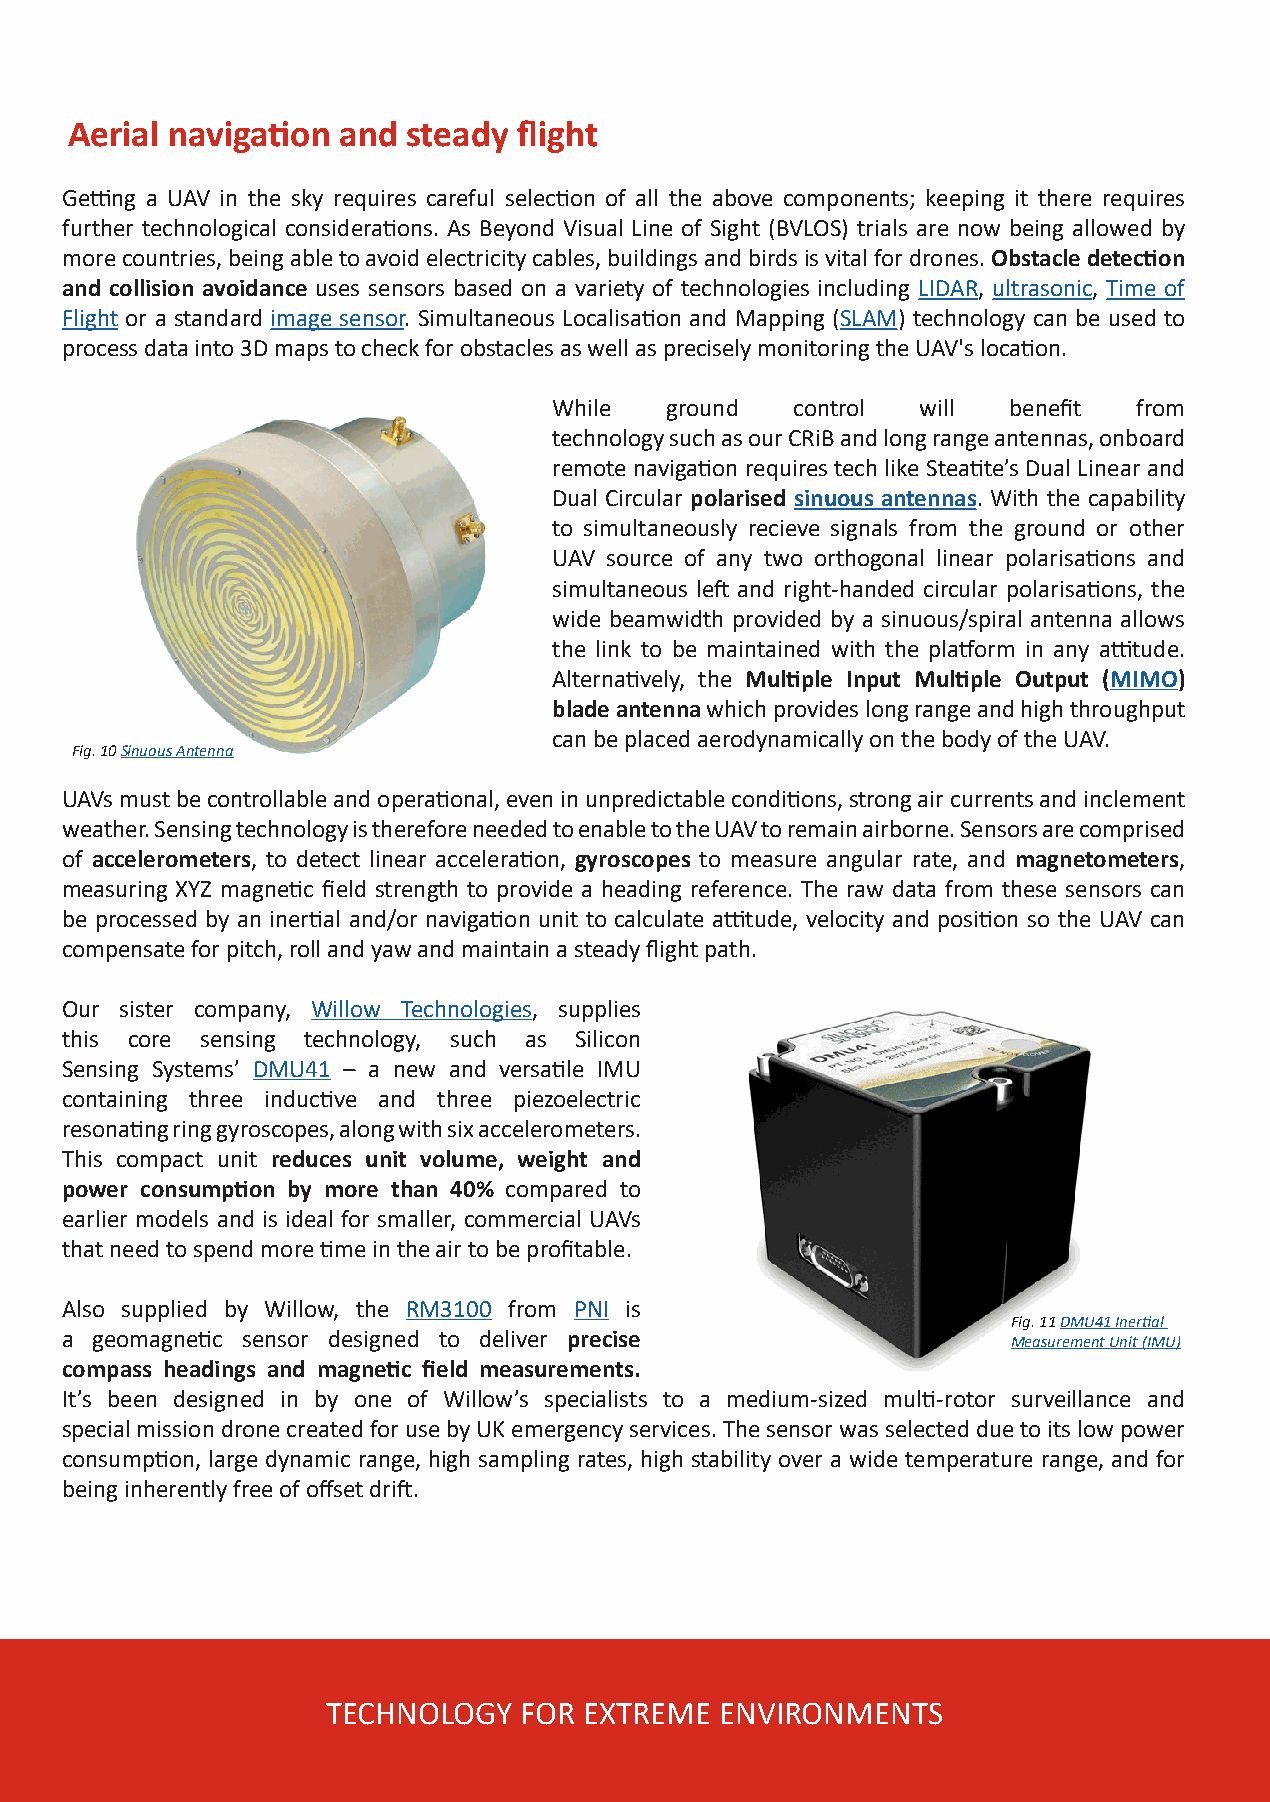
Aerial navigation and  steady flight
 Getting a UAV in the sky requires careful selection of all the above components; keeping it there requires
 further technological considerations. As Beyond Visual Line of Sight (BVLOS) trials are now being allowed by
 more countries, being able to avoid electricity cables, buildings and birds is vital for drones. Obstacle detection
 and collision avoidance uses sensors based on a variety of technologies including LIDAR, ultrasonic, Time of
 Flight or a standard image sensor. Simultaneous Localisation and Mapping (SLAM) technology can be used to
 process data into 3D maps to check for obstacles as well as precisely monitoring the UAV's location.
 While  ground   control will  benefit from
 technology such as our CRiB and long range antennas, onboard
 remote navigation requires tech like Steatite’s Dual Linear and
 Dual Circular polarised sinuous antennas. With the capability
 to simultaneously recieve signals from the ground or other
 UAV source of any two orthogonal linear polarisations and
 simultaneous left and right-handed circular polarisations, the
 wide beamwidth provided by a sinuous/spiral antenna allows
 the link to be maintained with the platform in any attitude.
 Alternatively, the Multiple Input Multiple Output (MIMO)
 blade antenna which provides long range and high throughput
 can be placed aerodynamically on the body of the UAV.
 Fig. 10 Sinuous Antenna
 UAVs must be controllable and operational, even in unpredictable conditions, strong air currents and inclement
 weather. Sensing technology is therefore needed to enable to the UAV to remain airborne. Sensors are comprised
 of accelerometers, to detect linear acceleration, gyroscopes to measure angular rate, and magnetometers,
 measuring XYZ magnetic field strength to provide a heading reference. The raw data from these sensors can
 be processed by an inertial and/or navigation unit to calculate attitude, velocity and position so the UAV can
 compensate for pitch, roll and yaw and maintain a steady flight path.
 Our sister company, Willow Technologies, supplies
 this core sensing technology, such as Silicon
 Sensing Systems’ DMU41 – a new and versatile IMU
 containing three inductive and three piezoelectric
 resonating ring gyroscopes, along with six accelerometers.
 This compact unit reduces unit volume, weight and
 power consumption by more than 40% compared to
 earlier models and is ideal for smaller, commercial UAVs
 that need to spend more time in the air to be profitable.
 Also supplied by Willow, the RM3100 from PNI is
 Fig. 11 DMU41 Inertial
 a geomagnetic sensor designed to deliver precise               Measurement Unit (IMU)
 compass headings and magnetic field measurements.
 It’s been designed in by one of Willow’s specialists to a medium-sized multi-rotor surveillance and
 special mission drone created for use by UK emergency services. The sensor was selected due to its low power
 consumption, large dynamic range, high sampling rates, high stability over a wide temperature range, and for
 being inherently free of offset drift.
 TECHNOLOGY  FOR  EXTREME  ENVIRONMENTS